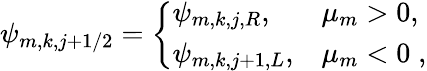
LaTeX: \psi_{m,k,j+1/2}=\left\{ \begin{array}{ll}{\psi_{m,k,j,R},}&{\mu_{m}>0,}\\ {\psi_{m,k,j+1,L},}&{\mu_{m}<0\; ,}\end{array}\right.